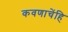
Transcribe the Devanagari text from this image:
कवणाचेंहि